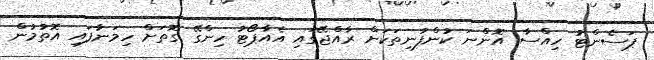
ޕަސެންޓު ހިއްސާ އޮންނަ ކުންފުނިތަކަށް ރާއްޖޭގައި އެއާޕޯޓު ހިންގޭ ގޮތަށް ހިމަނާފައި އޮތުމުން